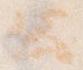
公